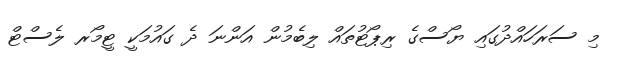
މި ސަރަހައްދުގައި ޔޯސްގެ ރިޕޯޓުތައް ލިބެމުން އަންނަ ދެ ގައުމަކީ ޓީމޯރ ލެސްޓް